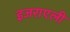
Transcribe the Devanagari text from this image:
इजराएली